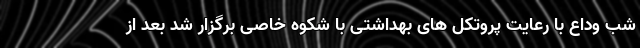
شب وداع با رعایت پروتکل های بهداشتی با شکوه خاصی برگزار شد بعد از